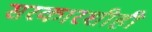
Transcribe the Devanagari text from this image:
सरकारशीही